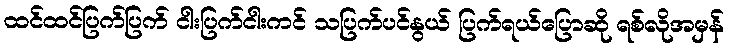
ထင်ထင်ပြက်ပြက် ငါးပြက်ငါးကင် သပြက်ပင်နွယ် ပြက်ရယ်ပြောဆို ရစ်လိုအမှန်